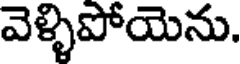
వెళ్ళిపోయెను.